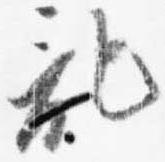
記